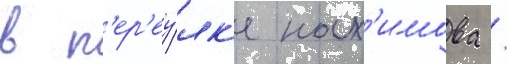
в п'ер'еу́лк'е нах'имова /